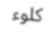
كلوء